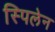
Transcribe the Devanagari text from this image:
स्पिलेन